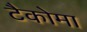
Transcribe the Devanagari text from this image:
टैकोमा